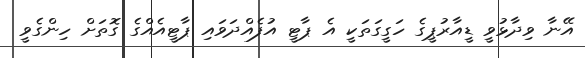
އޭނާ ވިދާޅުވީ ޑީއާރުޕީގެ ހަގީގަތަކީ އެ ޕާޓީ އުފެއްދަވައި ޕާޓީއެއްގެ ގޮތަށް ހިންގެވީ